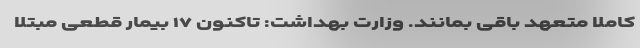
کاملا متعهد باقی بمانند. وزارت بهداشت: تاکنون ۱۷ بیمار قطعی مبتلا